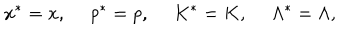
x ^ { * } = x , \ p ^ { * } = p , \ K ^ { * } = K , \ \Lambda ^ { * } = \Lambda ,